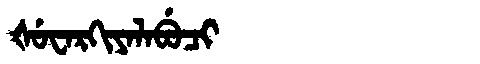
Manchu: ᡧᡠᠸᠠᡵᡴᡳᠶᠠᠯᠠᠪᡠᠴᡳ
Romanization: ŠUWARKIYALABUCI